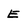
Character: E